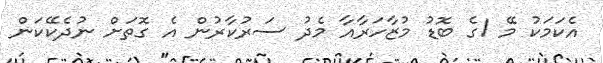
އެކަމަކު މޭ 1ގެ ބޮޑު މުޒާހަރާއާ މެދު ސަރުކާރުން އެ ގޮތަށް ނުދެކޭކަން